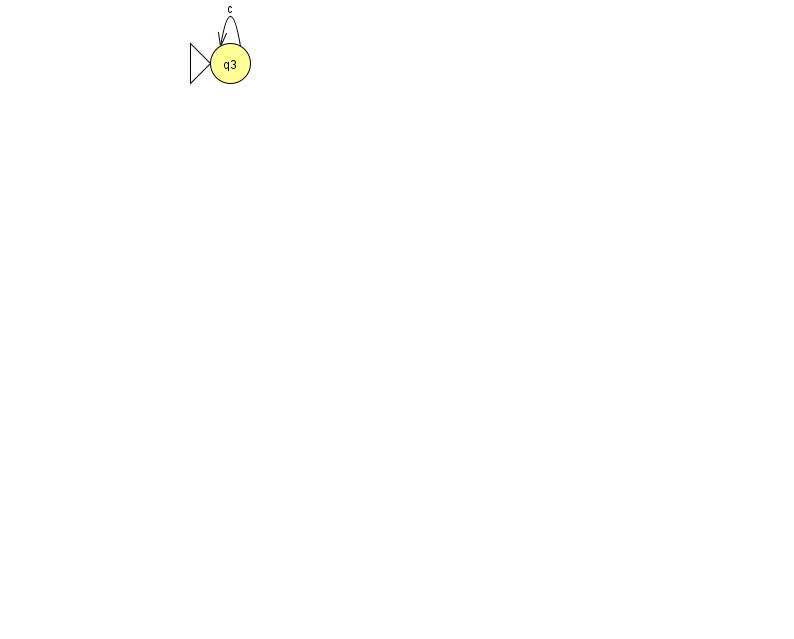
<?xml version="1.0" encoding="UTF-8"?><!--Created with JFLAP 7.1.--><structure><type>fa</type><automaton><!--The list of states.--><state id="3" name="q3"><x>230.0</x><y>50.0</y><initial/></state><!--The list of transitions.--><transition><from>3</from><to>3</to><read>c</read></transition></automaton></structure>